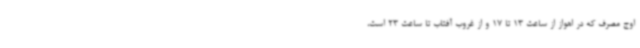
اوج مصرف که در اهواز از ساعت 13 تا 17 و از غروب آفتاب تا ساعت 23 است،